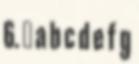
6. ↑ a b c d e f g